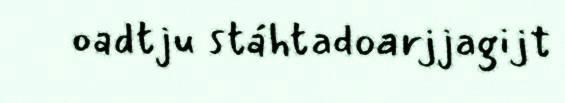
oadtju stáhtadoarjjagijt